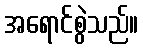
အရောင်စွဲသည်။